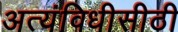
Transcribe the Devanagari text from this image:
अत्यंविधीसीठी